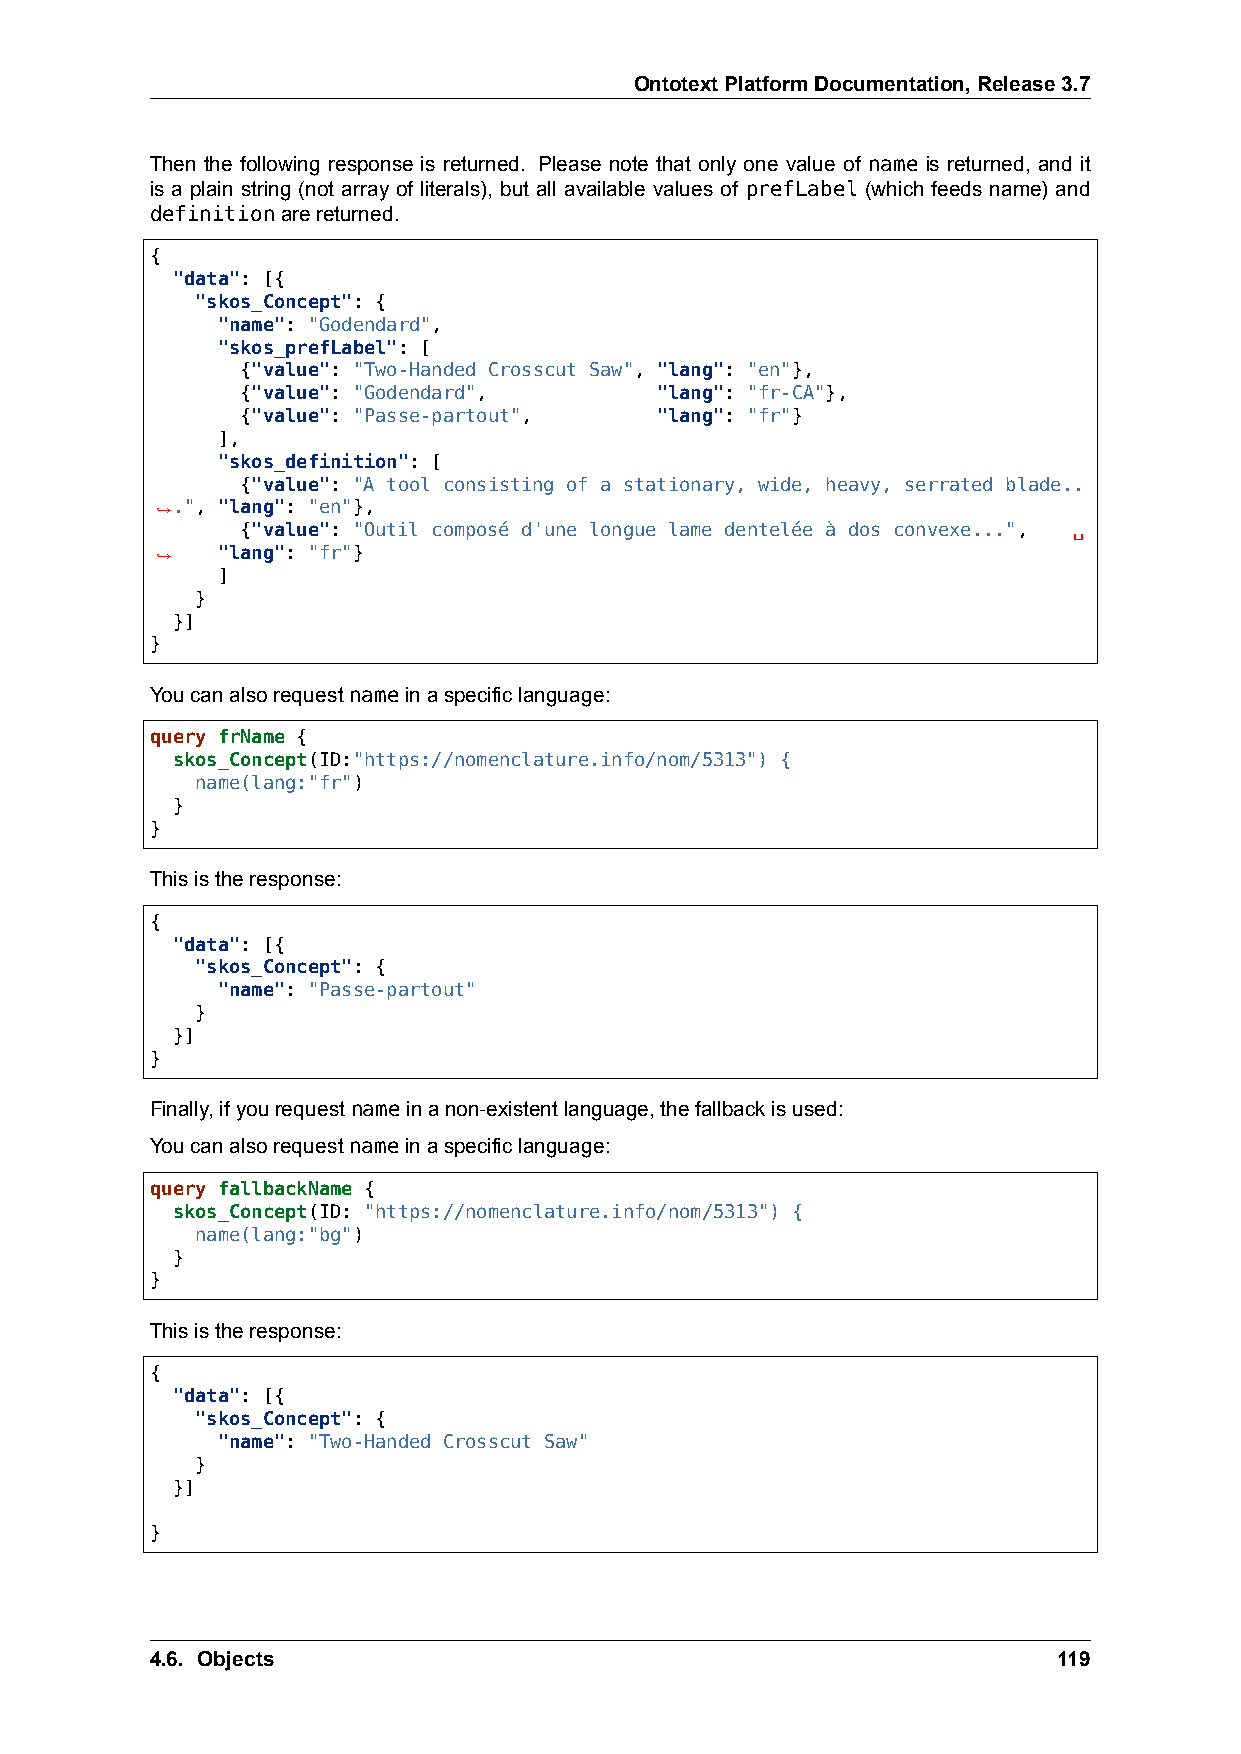
OntotextPlatformDocumentation,Release3.7
 Then the following response is returned. Please note that only one value of name is returned, and it
 is a plain string (not array of literals), but all available values of prefLabel (which feeds name) and
 definitionarereturned.
 {
 "data": [{
 "skos_Concept": {
 "name": "Godendard",
 "skos_prefLabel": [
 {"value": "Two-Handed Crosscut Saw", "lang": "en"},
 {"value": "Godendard",     "lang": "fr-CA"},
 {"value": "Passe-partout", "lang": "fr"}
 ],
 "skos_definition": [
 {"value": "A tool consisting of a stationary, wide, heavy, serrated blade..
 ,→.", "lang": "en"},
 {"value": "Outil composé d'une longue lame dentelée à dos convexe...", ␣
 ,→  "lang": "fr"}
 ]
 }
 }]
 }
 Youcanalsorequestnameinaspecificlanguage:
 query frName {
 skos_Concept(ID:"https://nomenclature.info/nom/5313") {
 name(lang:"fr")
 }
 }
 Thisistheresponse:
 {
 "data": [{
 "skos_Concept": {
 "name": "Passe-partout"
 }
 }]
 }
 Finally,ifyourequestnameinanon-existentlanguage,thefallbackisused:
 Youcanalsorequestnameinaspecificlanguage:
 query fallbackName {
 skos_Concept(ID: "https://nomenclature.info/nom/5313") {
 name(lang:"bg")
 }
 }
 Thisistheresponse:
 {
 "data": [{
 "skos_Concept": {
 "name": "Two-Handed Crosscut Saw"
 }
 }]
 }
 4.6. Objects                                                119